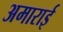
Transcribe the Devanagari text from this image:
अमाराई